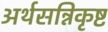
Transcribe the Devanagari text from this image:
अर्थसन्निकृष्ट